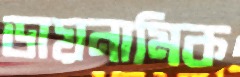
ডায়নামিক